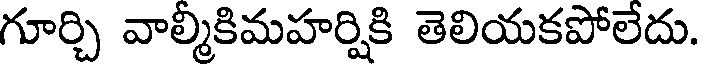
గూర్చి వాల్మీకిమహర్షికి తెలియకపోలేదు.